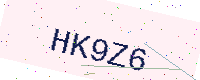
Text: HK9Z6